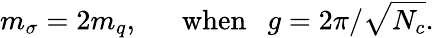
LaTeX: m_{\sigma}=2m_{q},~~~~~~\mathrm{when}~~~g=2\pi/\sqrt{N_{c}}.